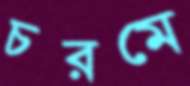
চরমে